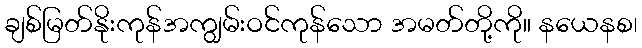
ချစ်မြတ်နိုးကုန်အကျွမ်းဝင်ကုန်သော အမတ်တို့ကို။ နယေနစ၊